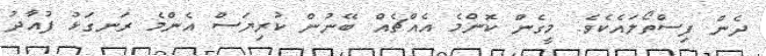
ދެން ފިސްތޯލައެކެވެ. މީގެން ކޮންމެ އެއްޗެއް ބޭނުން ކުރިޔަސް އެންމެ ރަނގަޅު ފުއާދު